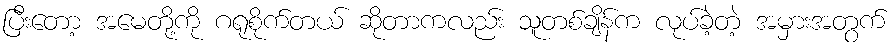
ပြီးတော့ အမေတို့ကို ဂရုစိုက်တယ် ဆိုတာကလည်း သူတစ်ချိန်က လုပ်ခဲ့တဲ့ အမှားအတွက်